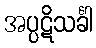
အပ္ပဋိသင်္ခါ